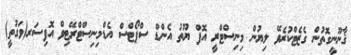
ޤާނޫނީގޮތުން ގެޒެޓްކުރެވޭ ލިޔުން މިނިސްޓްރީ އޮފް ޔޫތު އެންޑް ސްޕޯޓްސް އެޑްމިނިސްޓްރޭޓިވް އޮފިސަރ(ވަގުތީ)